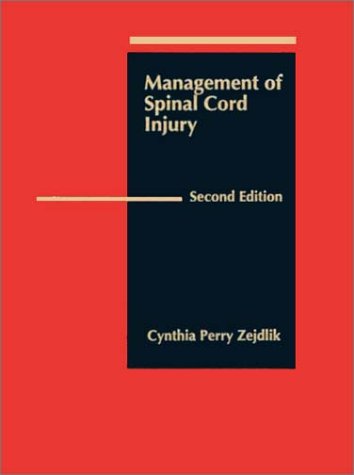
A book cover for Management of Spinal Cord Injury (Jones & Bartlett Series in Nursing); Cynthia M. Zejdlik; Health, Fitness & Dieting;